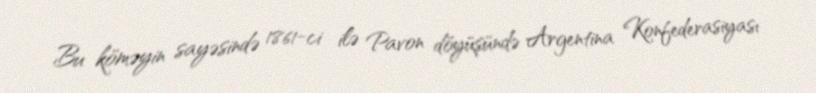
Bu köməyin sayəsində 1861-ci ilə Pavon döyüşündə Argentina Konfederasiyası